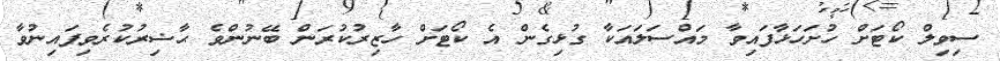
ސިވިލް ކޯޓަށް ހުށަހަޅާފައިވާ މައްސަލައަކާ ގުޅިގެން އެ ކޯޓަށް ހާޒިރުކުރަން ބޭނުންވެ ޙާޟިރުކުރެވިފައިނުވާ